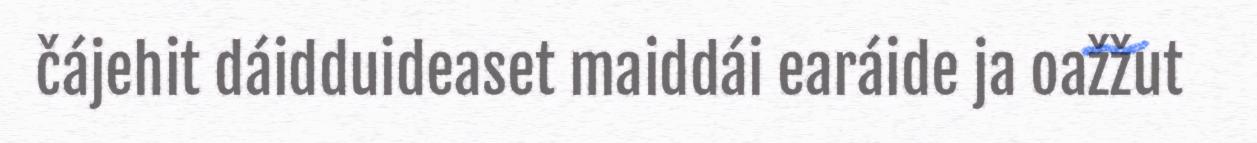
čájehit dáidduideaset maiddái earáide ja oažžut